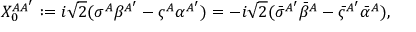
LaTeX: X _ { 0 } ^ { A { A ^ { \prime } } } : = i { \sqrt 2 } ( \sigma ^ { A } \beta ^ { A ^ { \prime } } - \varsigma ^ { A } \alpha ^ { A ^ { \prime } } ) = - i { \sqrt 2 } ( { \bar { \sigma } } ^ { A ^ { \prime } } { \bar { \beta } } ^ { A } - { \bar { \varsigma } } ^ { A ^ { \prime } } { \bar { \alpha } } ^ { A } ) ,